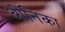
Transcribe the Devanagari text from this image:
ओनिका